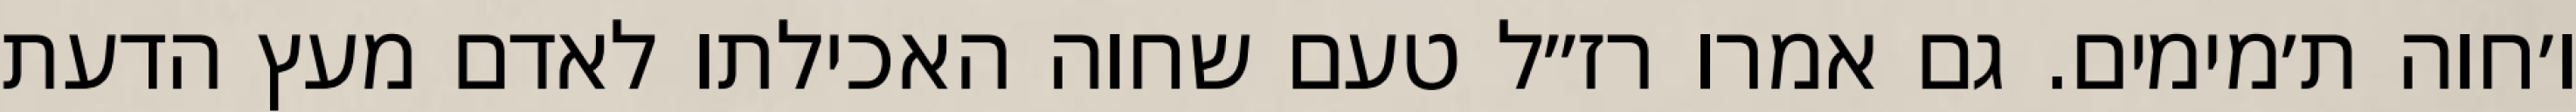
ו׳חוה ת׳מימים. גם אמרו רז״ל טעם שחוה האכילתו לאדם מעץ הדעת